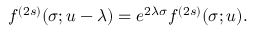
f ^ { ( 2 s ) } ( \sigma ; u - \lambda ) = e ^ { 2 \lambda \sigma } f ^ { ( 2 s ) } ( \sigma ; u ) .